Tezpur Lunatic Asylum reports 1877-1894 - 1877-1894
Year: 1877
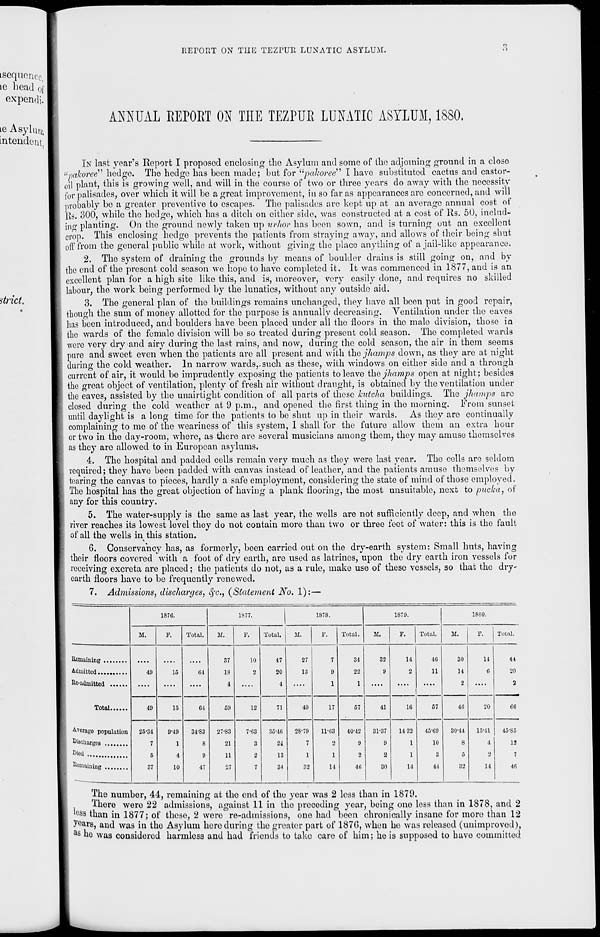
RErOUT ON TIIE TEZPUR LUNATIC ASYLUM.
.",
ANNUAL EEPOET ON TEE TEZPUR LUNATIC ASYLUM, 1880.
IN last year's Report I proposed enclosing the Asylum and some of the adjoining ground in a closo
"pakoree" hedge. The hedge has been made; but for "pahoree" I have substituted cactus and castor-
oil plant, this is growing well, and will in tho course of two or three years do away with the necessity
for palisades, over which it will be a great improvement, in so far as appearances are concerned, and will
probably be a greater preventive to escapes- The palisades are kept up at an average annual cost of
Rs. 300, while the hedge, which has a ditch on either side, was constructed at a cost of Its. 50, includ-
ing planting. On the ground newly taken up urhor has been sown, and is turning out an excellent
crop. This enclosing hedge prevents tho patients from straying away, and allows of their being shut
off from the general public while at work, without giving the place anything of a jail-like appearance.
2. The system of draining tho grounds by means of boulder drains is still going on, and by
the end of tho present cold season we hope to have completed it. It was commenced in 1877, and is an
excellent plan for a high sito like this, and is, moreover, very easily done, and requires no skilled
labour, tho work being performed by the lunatics, without any outside aid.
3. The general plan of the buildings remains unchanged, they have all boon put in good repair,
though the sum of money allotted for the purpose is annually decreasing. Ventilation under tho eaves
has been introduced, and boulders have been placed under all tho floors in the male division, those ia
tho wards of the female division will bo so treated during present cold season. The completed wards
were very dry and airy during the last rains, and now, during tho cold season, the air in them seems
pure and sweet even when tho patients are all present and with the jhamps down, as they are at night
during the cold weather. In narrow wards,.such as these, with windows on either side and a through
current of air, it would be imprudently exposing the patients to leave the jhamps open at night; besides
the great object of ventilation, plenty of fresh air without draught, is obtained by the ventilation under
the eaves, assisted by the unairtight condition of all parts of these kutcha buildings. The jhamps are
closed during tho cold weather at 9 p.m., and opened the first thing in the morning. From sunset
until daylight is a long time for tho patients to be shut up in their wards. As they are continually
complaining to me of the weariness of this system, 1 shall for the future allow them an extra hour
or two in the day-room, where, as there are several musicians among them, they may amuse themselves
as they are allowed to in European asylums.
4. The hospital and padded cells remain very much as they were last year. Tho colls are seldom
required; they have been padded with canvas instead of leather, and the patients amuse themselves by
tearing the canvas to pieces, hardly a safe employment, considering the state of mind of those employed.
The hospital has the great objection of having a plank flooring, the most unsuitable, next to pucka, of
any for this country.
5. The water-supply is the same as last year, the wells are not sufficiently deep, and when the
river reaches its lowest level they do not contain more than two or three feet of water: this is tho fault
of all the wells in this station.
6. Conservancy has, as formerly, been carried out on the dry-earth system: Small huts, having
their floors covered with a foot of dry earth, are used as latrines, upon the dry earth iron vessels for
receiving excreta are placed; the patients do not, as a rule, make use of these vessels, so that the dry'
earth floors have to be frequently renewed.
7. Admissions, discharges, eye, (Statement No. 1): —
187G.
1877.
1878.
1879.
1880.
M.
F.
Total.
M.
F.
Total.
H.
F.
Total.
M.
F.
Total.
M.
F.
Total.
Remaining
Admitted
40
15
04
37
18
4
10
o
47
20
4
27
13
7
9
1
34
22
1
32
9
14
46
11
30
14
2
14
6
44
20
2
40
15
64
59
12
71
40
17
57
41
1C
57
46
20
66
Averago population
Discharges .
Died ..
25-34
7
6
37
9-49
1
4
10
34-83
8
9
47
27-83
21
11
27
7-03
3
2
7
35-40
21
13
34
28-79
7
1
32
11-G3
2
1
14
40-42
9
2
46
31-37
9
2
30
1432
1
1
11
45-69
10
3
44
30-44
8
5
32
15-41
4
Q
14
45-S5
13
7
46
^wnaiuuig ....
The number, 44, remaining at tho end of the year was 2 less than in 1879.
liiere were 22 admissions, against 11 in tho preceding year, being one loss than in 1878, and 2
es 9 than in 1877; of these, 2 were re-admissions, one had been chronically insane for more than 12
years, and was in tho Asylum here during the greater part of 187G, when he was released (unimproved),
a s he was considered harmless and had friends to take care of him; he is supposed to have committed